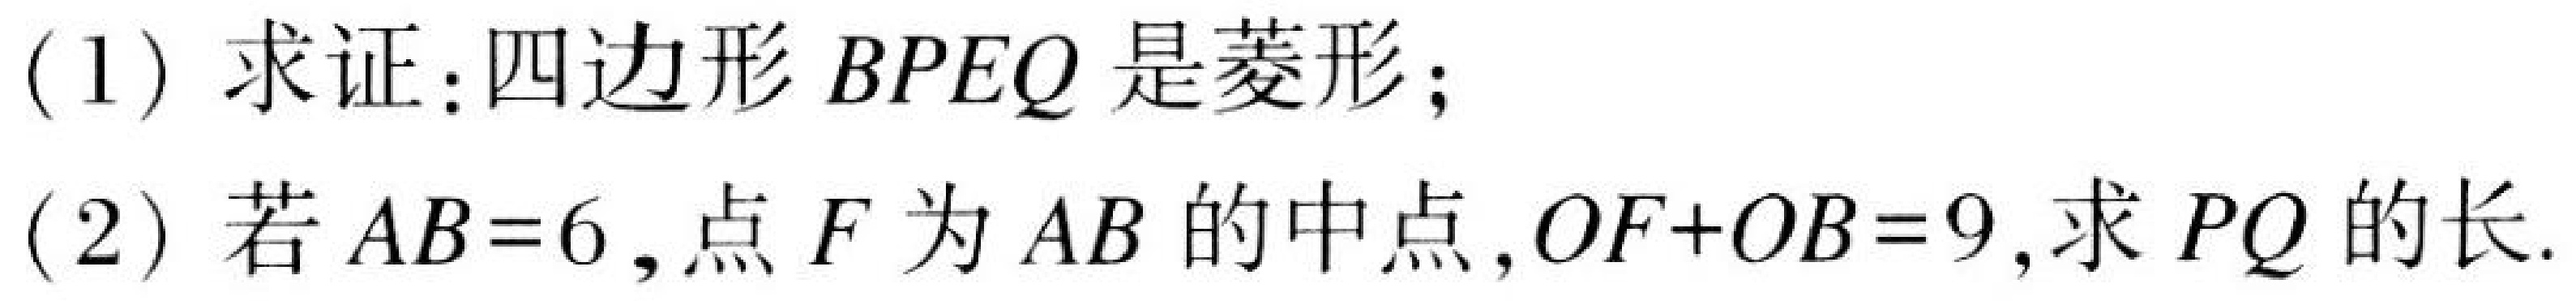
(1) 求证：四边形\(BPEQ\)是菱形；
(2) 若\(AB = 6\)，点\(F\)为\(AB\)的中点，\(OF + OB = 9\)，求\(PQ\)的长.